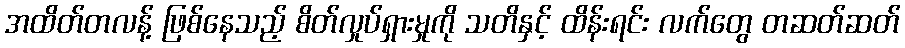
အထိတ်တလန့် ဖြစ်နေသည့် စိတ်လှုပ်ရှားမှုကို သတိနှင့် ထိန်းရင်း လက်တွေ တဆတ်ဆတ်